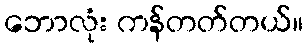
ဘောလုံး ကန်တတ်တယ်။